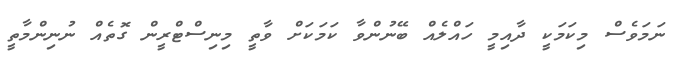
ނަމަވެސް މިކަމަކީ ދާއިމީ ހައްލެއް ބޭނުންވާ ކަމަކަށް ވާތީ މިނިސްޓްރީން ގޮތެއް ނުނިންމާތީ